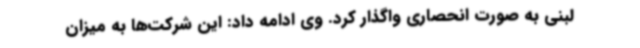
لبنی به صورت انحصاری واگذار کرد. وی ادامه داد: این شرکت‌ها به میزان